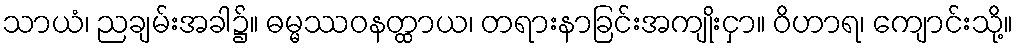
သာယံ၊ ညချမ်းအခါ၌။ ဓမ္မဿဝနတ္ထာယ၊ တရားနာခြင်းအကျိုးငှာ။ ဝိဟာရ၊ ကျောင်းသို့။